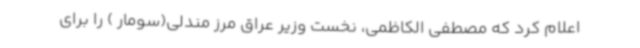
اعلام کرد که مصطفی الکاظمی، نخست وزیر عراق مرز مندلی(سومار ) را برای